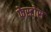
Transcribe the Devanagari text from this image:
फेस्टोस